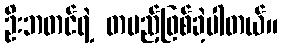
ဦးဘတင်ရဲ့ တပည့်ဖြစ်ခဲ့ပါတယ်။